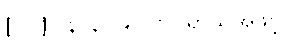
[၀၁] (နိ၊ ၃၀၉) ဗလရာသိအဖွင့်